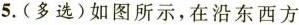
5.(多选)如图所示，在沿东西方